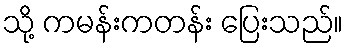
သို့ ကမန်းကတန်း ပြေးသည်။